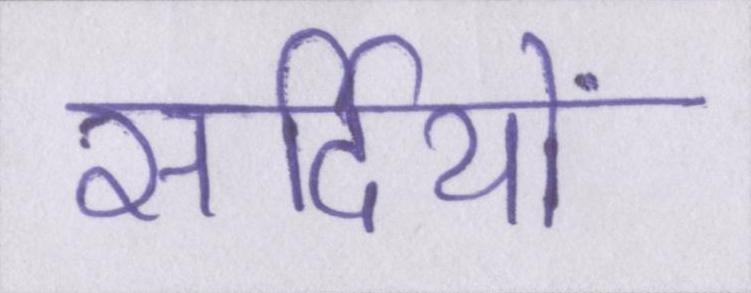
सर्दियों